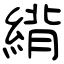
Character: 䋳